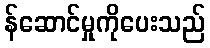
န်ဆောင်မှုကိုပေးသည်